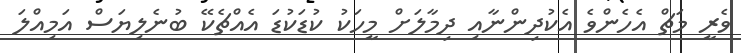
ވެރީ މަޗް އެހެންވެ އެކުދިންނާއި ދިމާލަށް މީހަކު ކުޑަކުޑަ އެއްޗެކޭ ބުނެލިޔަސް އަމިއްލަ